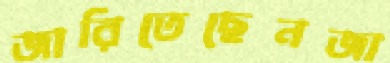
জারিতেছেনজা